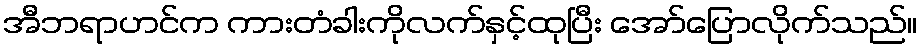
အီဘရာဟင်က ကားတံခါးကိုလက်နှင့်ထုပြီး အော်ပြောလိုက်သည်။